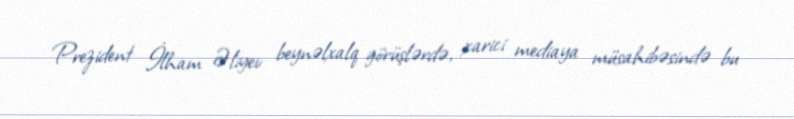
Prezident İlham Əliyev beynəlxalq görüşlərdə, xarici mediaya müsahibəsində bu